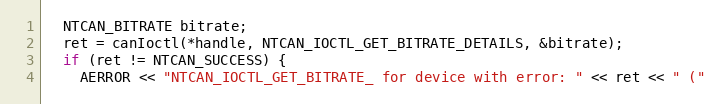
Language: C++
  NTCAN_BITRATE bitrate;
  ret = canIoctl(*handle, NTCAN_IOCTL_GET_BITRATE_DETAILS, &bitrate);
  if (ret != NTCAN_SUCCESS) {
    AERROR << "NTCAN_IOCTL_GET_BITRATE_ for device with error: " << ret << " ("